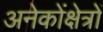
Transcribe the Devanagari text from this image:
अनेकोंक्षेत्रों